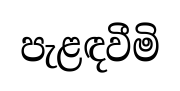
පැළඳවීමි